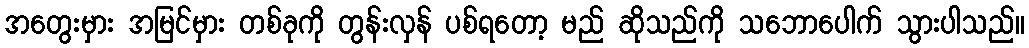
အတွေးမှား အမြင်မှား တစ်ခုကို တွန်းလှန် ပစ်ရတော့ မည် ဆိုသည်ကို သဘောပေါက် သွားပါသည်။